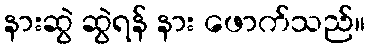
နားဆွဲ ဆွဲရန် နား ဖောက်သည်။